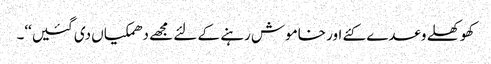
کھوکھلے وعدے کئے اور خاموش رہنے کے لئے مجھے دھمکیاں دی گئیں‘‘۔